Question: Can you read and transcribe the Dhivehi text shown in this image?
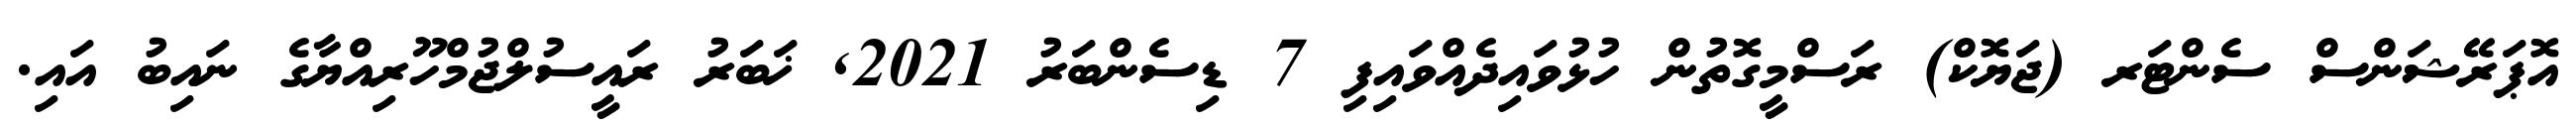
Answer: އޮޕަރޭޝަންސް ސެންޓަރ (ޖަޔޮކް) ރަސްމީގޮތުން ހުޅުވައިދެއްވައިފި 7 ޑިސެންބަރު 2021, ޚަބަރު ރައީސުލްޖުމްހޫރިއްޔާގެ ނައިބު އައި.